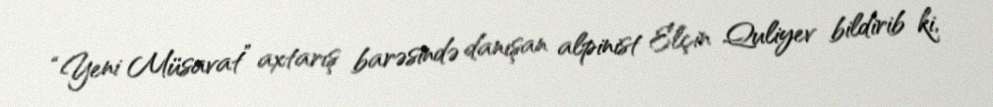
“Yeni Müsavat” axtarış barəsində danışan alpinist Elçin Quliyev bildirib ki,